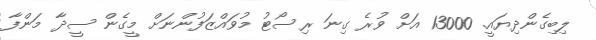
ލިބިގެންދިޔައީ. 13000 އަށް ވުރެ ގިނަ ރިސޯޓު މުވައްޒަފުންނަށް މީގެން ސީދާ މަންފާ